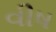
વીષ